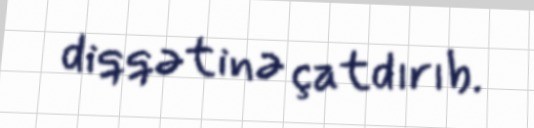
diqqətinə çatdırıb.